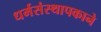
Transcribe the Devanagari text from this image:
धर्मसंस्थापकाने